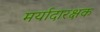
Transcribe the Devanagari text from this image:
मर्यादारक्षक